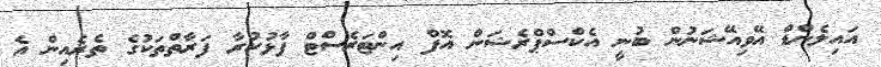
އައިލެންޑް އޭވިއޭޝަނުން ބުނީ އެކްސްޕްރެޝަން އޮފް އިންޓަރެސްޓް ފާޅުކުރާ ފަރާތްތަކުގެ ތެރެއިން އެ